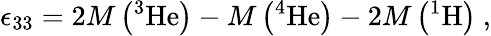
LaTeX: \epsilon_{33}=2M\left(\mathrm{^3He}\right)-M\left(\mathrm{^4He}\right)-2M\left(\mathrm{^1H}\right)~,